Scottish Certificate of Education, 1963
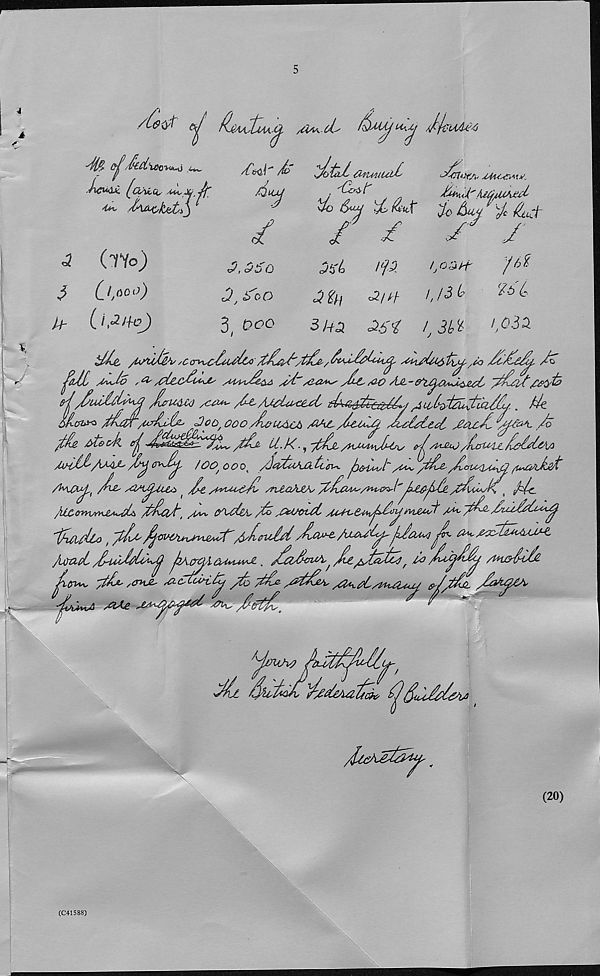
/Ce<yt
d-'
&
J/c 'Ude4
3
3
U-
dfa 0^z&d'xOQ-UA^ .A***-
,A4As
4*\, JnAbktt,*
(TYo)
0,™°)
(id^oj
4>
/Cb<i\' /b
^fcd, Oiuiiud'
do
d &uX
% Li7' d 7t
/
./
^
/
7
d
3,550
0, S'cO
3 f 0OQ
fp
din
'd 3^
( * 6^
■3/^
d.^'t
!, Sb^
l y 030.
_ _ x <XLliih' /C cr^cdu^dc /Cdjd'/tdd/ dt^ddcM^. s&xski&tis^ ,40 dcddd^. /P
pd£ sdJo
/pUcddus au^%A^a ^*2^^ Jd AC
'dddU/Wy'fe
f sdiuJUb^j Juru&uj / o&«' /-oAulaAeAt
^ {A^d2Ldl}z/&./ r . P
rsicdJd Joo, oooJwuao*
Judd&ti Aacd
A
fittA Oloofl
/At- U.K ■
/HM^Amas
Andd/CAA Jdj
/OOj OOO t /JdtaAJl ticr^ ji&u^l~
A^UX^' T*-' A2Sl^iU*i ' At A^U^cJv /tv&oAjCv d^Axu^/n^i^b LccjAe. AuAjd, Ac.
/iCCo*yxAvU*AU /tAcct, A**- Cf^dsA, A AzCoict
^btudd^c^.
dhtidto,
/yieidd JlaM^/o^x^Acaaa^Axdui&uM,
Mad AhaMja^
. ^A<^//^aAAca f /d
/u^diA
^Crux, ytdx sAHJZ* AZcdtAify Ao Ad mAA A^dAUXU<lJ
' ' ^
^ *
Alte JAX^C-^XA^ Aly^ AzdA,
Ah qAAv
(20)
(C41588)